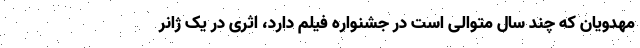
مهدویان که چند سال متوالی است در جشنواره فیلم دارد، اثری در یک ژانر